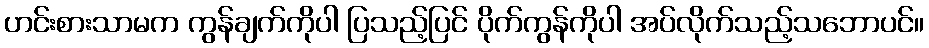
ဟင်းစားသာမက ကွန်ချက်ကိုပါ ပြသည့်ပြင် ပိုက်ကွန်ကိုပါ အပ်လိုက်သည့်သဘောပင်။